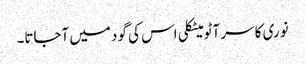
نوری کا سر آٹو میٹکلی اس کی گود میں آجاتا۔